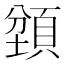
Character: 𬱇